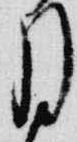
月